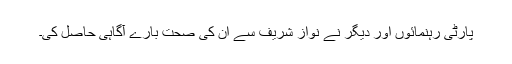
پارٹی رہنمائوں اور دیگر نے نواز شریف سے ان کی صحت بارے آگاہی حاصل کی۔